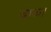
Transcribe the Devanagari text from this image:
दाऊ।